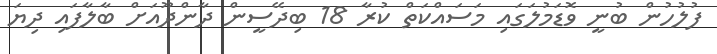
ފުލުހުން ބުނީ ވޮޑަމުލަގައި މަސައްކަތް ކުރާ 18 ބިދޭސީން ދާންދޫއަށް ބާލާފައި ދިޔަ